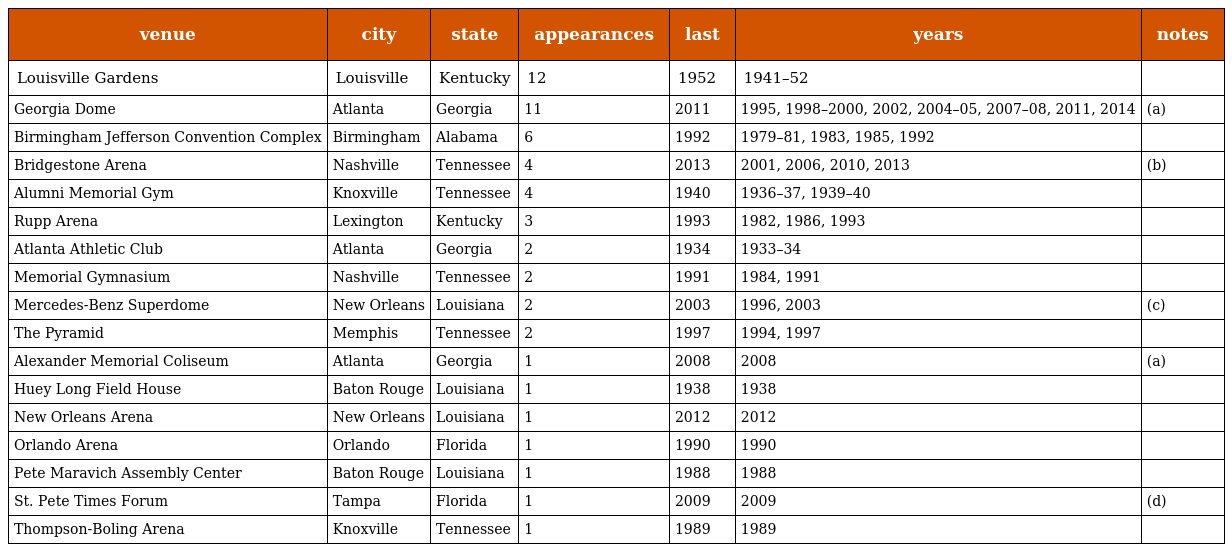
| venue | city | state | appearances | last | years | notes |
 | --- | --- | --- | --- | --- | --- | --- |
 | Louisville Gardens | Louisville | Kentucky | 12 | 1952 | 1941–52 |  |
 | Georgia Dome | Atlanta | Georgia | 11 | 2011 | 1995, 1998–2000, 2002, 2004–05, 2007–08, 2011, 2014 | (a) |
 | Birmingham Jefferson Convention Complex | Birmingham | Alabama | 6 | 1992 | 1979–81, 1983, 1985, 1992 |  |
 | Bridgestone Arena | Nashville | Tennessee | 4 | 2013 | 2001, 2006, 2010, 2013 | (b) |
 | Alumni Memorial Gym | Knoxville | Tennessee | 4 | 1940 | 1936–37, 1939–40 |  |
 | Rupp Arena | Lexington | Kentucky | 3 | 1993 | 1982, 1986, 1993 |  |
 | Atlanta Athletic Club | Atlanta | Georgia | 2 | 1934 | 1933–34 |  |
 | Memorial Gymnasium | Nashville | Tennessee | 2 | 1991 | 1984, 1991 |  |
 | Mercedes-Benz Superdome | New Orleans | Louisiana | 2 | 2003 | 1996, 2003 | (c) |
 | The Pyramid | Memphis | Tennessee | 2 | 1997 | 1994, 1997 |  |
 | Alexander Memorial Coliseum | Atlanta | Georgia | 1 | 2008 | 2008 | (a) |
 | Huey Long Field House | Baton Rouge | Louisiana | 1 | 1938 | 1938 |  |
 | New Orleans Arena | New Orleans | Louisiana | 1 | 2012 | 2012 |  |
 | Orlando Arena | Orlando | Florida | 1 | 1990 | 1990 |  |
 | Pete Maravich Assembly Center | Baton Rouge | Louisiana | 1 | 1988 | 1988 |  |
 | St. Pete Times Forum | Tampa | Florida | 1 | 2009 | 2009 | (d) |
 | Thompson-Boling Arena | Knoxville | Tennessee | 1 | 1989 | 1989 |  |